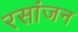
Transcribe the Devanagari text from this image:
रसांजन